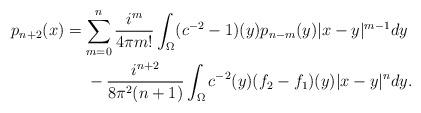
LaTeX: \begin{align*}p_{n+2}(x) &= \sum_{m=0}^{n}\frac{i^m}{4\pi m!}\int_{\Omega} (c^{-2}-1)(y)p_{n-m}(y)|x-y|^{m-1}dy \\& \ \ \ \ - \frac{i^{n+2}}{8\pi^2(n+1)}\int_{\Omega} c^{-2}(y)(f_2-f_1)(y)|x-y|^n dy.\end{align*}